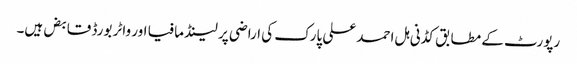
رپورٹ کے مطابق کڈنی ہل احمد علی پارک کی اراضی پر لینڈ مافیا اور واٹر بورڈ قابض ہیں۔